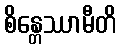
စိန္တေဿာမီတိ